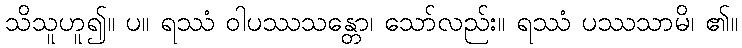
သိသူဟူ၍။ ပ။ ရဿံ ဝါပဿသန္တော၊ သော်လည်း။ ရဿံ ပဿသာမိ၊ ၏။